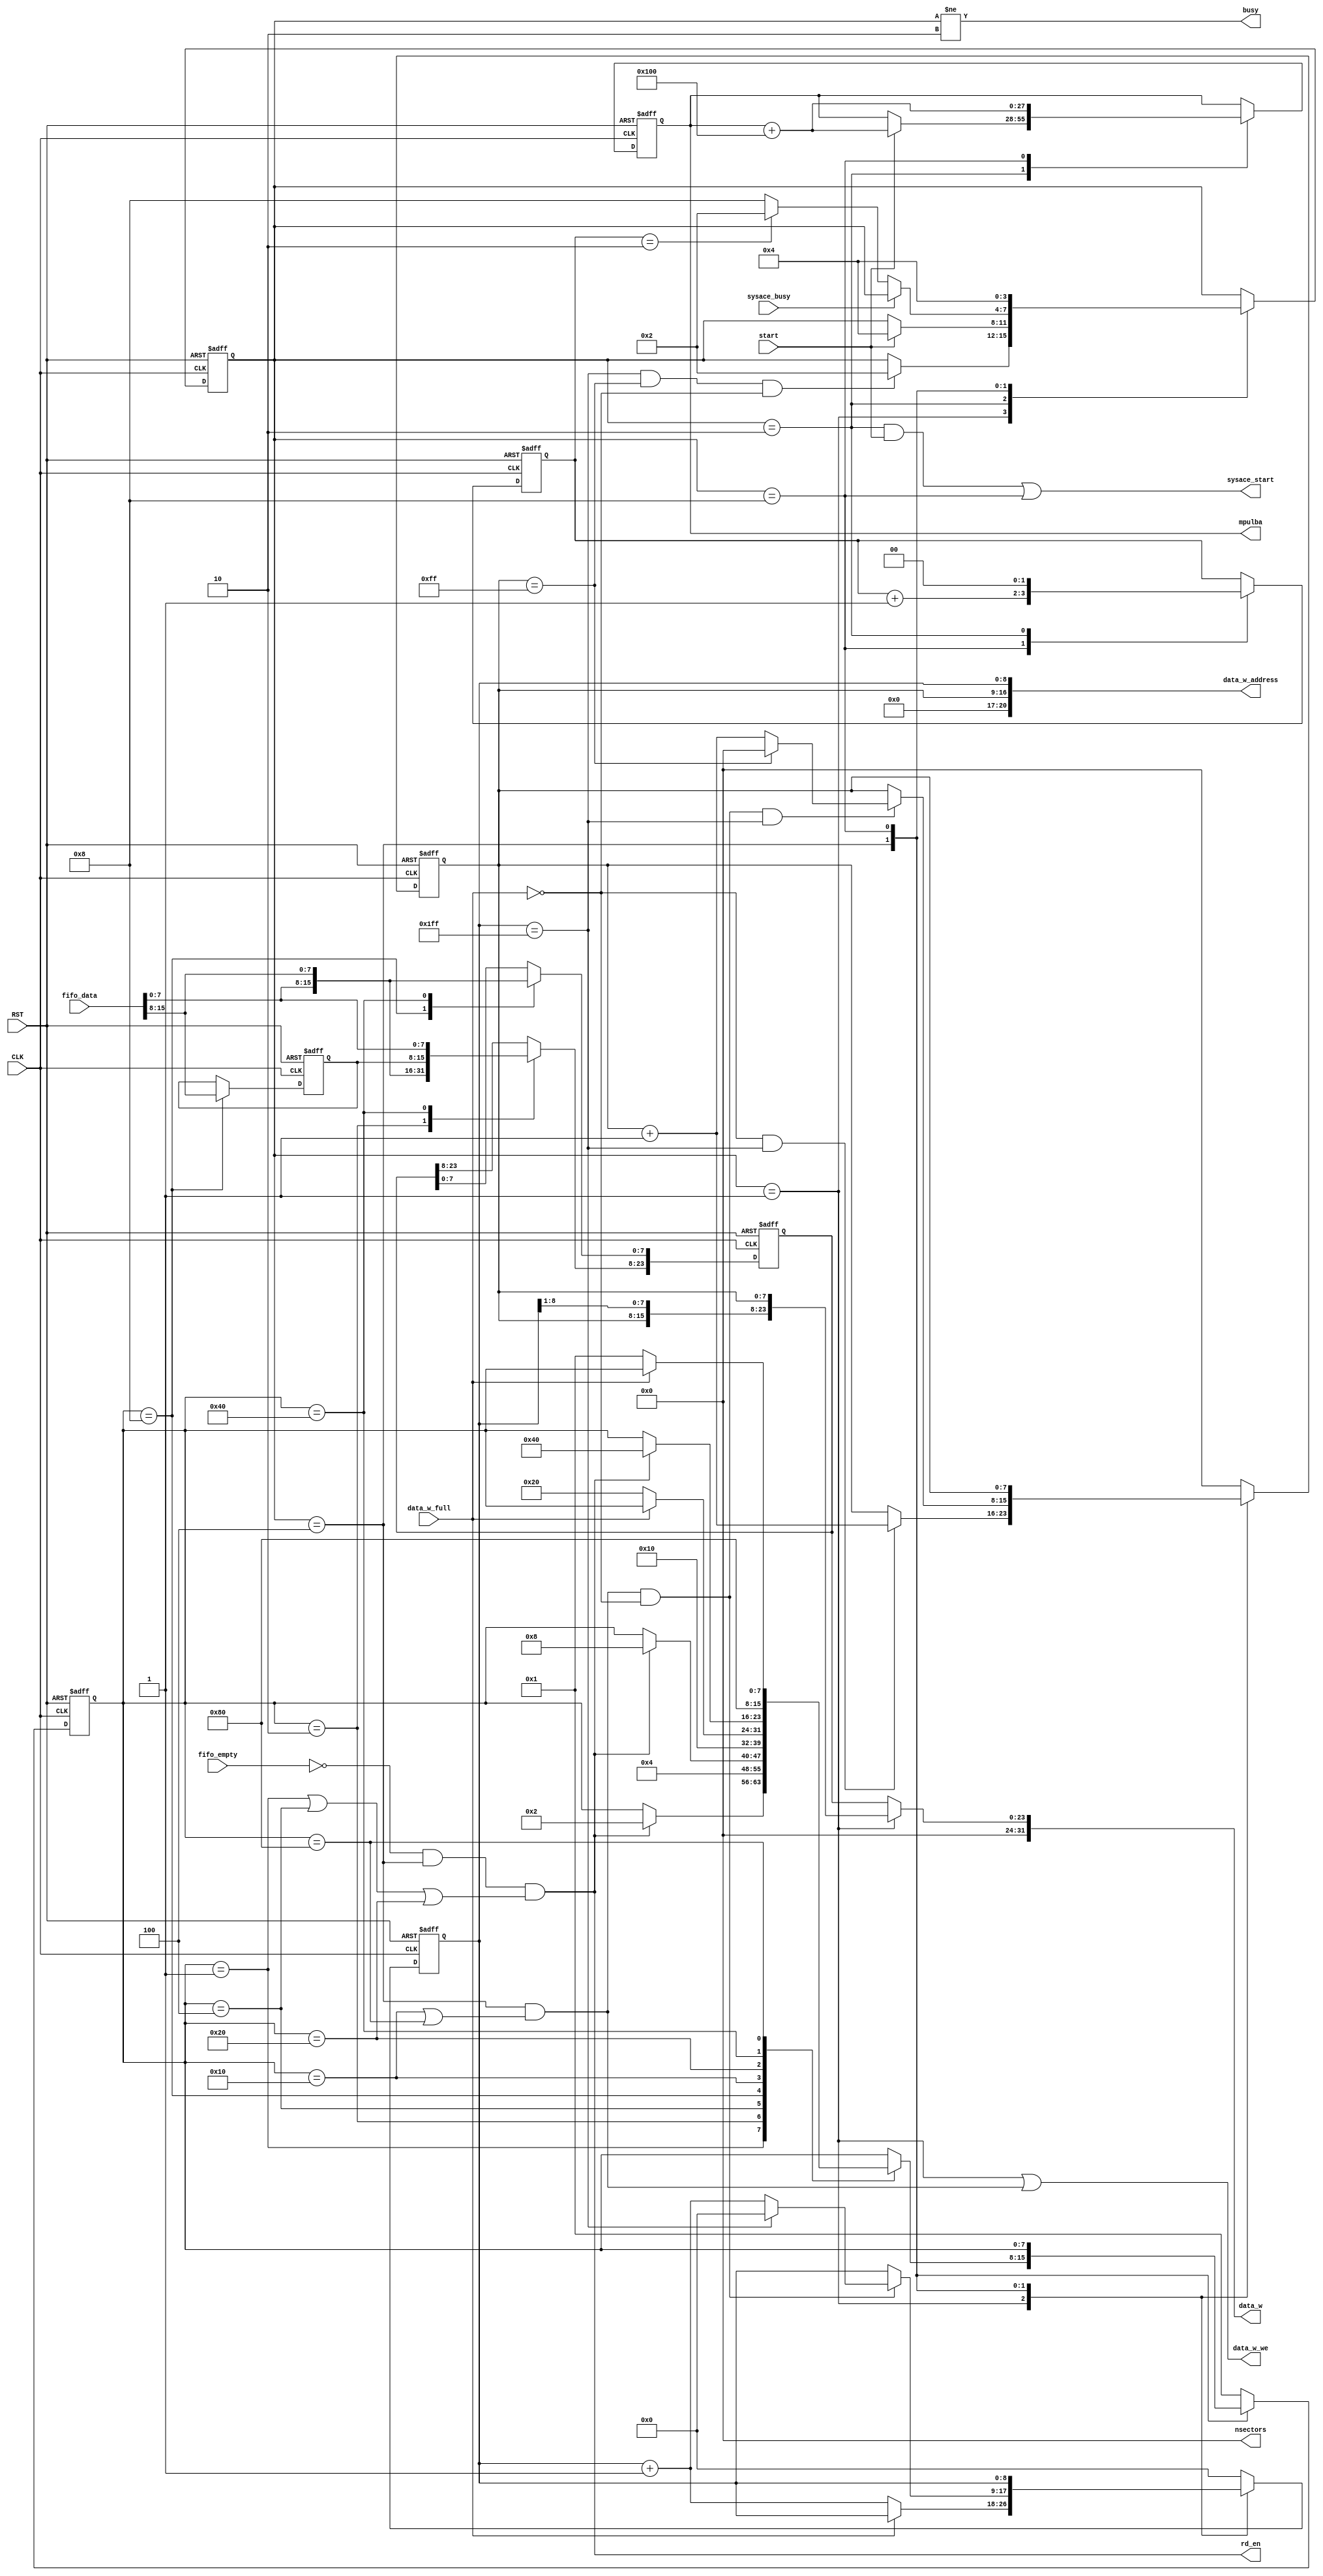

module picload
  (
   input             CLK,
   input             RST,

   output reg [27:0] mpulba,
   output [7:0]      nsectors,
   output            sysace_start,
   input             sysace_busy,

   input [15:0]      fifo_data,
   input             fifo_empty,
   output            rd_en,

   output [21:1]     data_w_address,
   output [31:0]     data_w,
   input             data_w_full,
   output            data_w_we,

   input             start,
   output            busy
   );
   
   reg [8:0]     col;
   reg [7:0]     row;
   wire          incr_address;

   reg [23:0]    fifo_out_r;
   reg [7:0]     fifo_out_reserved;

   reg [1:0]     counter;
   
`define W 4
   reg [`W-1:0]  state;
   parameter ssb_init    = `W'b0001;
   parameter ssb_idle    = `W'b0010;
   parameter ssb_read    = `W'b0100;
   parameter ssb_restart = `W'b1000;
`undef W

`define W 8
   reg [`W-1:0]  readstate;

   parameter byte1_wait  = `W'b00000001;
   parameter byte1       = `W'b00000010;
   parameter byte2_wait  = `W'b00000100;
   parameter byte2       = `W'b00001000;
   parameter byte2_write = `W'b00010000;
   parameter byte3_wait  = `W'b00100000;
   parameter byte3       = `W'b01000000;
   parameter byte3_write = `W'b10000000;
`undef W

   assign nsectors = 8'h0;
//   assign sysace_start = start;
   
   assign data_w_address 
     = {row, col};

   assign data_w
     = state == ssb_init ? {row, col[8:1], row}
       : fifo_out_r;

   assign busy = state != ssb_idle;

   assign data_w_we
     = state == ssb_init
       || state == ssb_read && (readstate == byte2_write
                                || readstate == byte3_write);

   assign incr_address
     = state == ssb_read
       && (readstate == byte2_write
           || readstate == byte3_write)
         && !data_w_full;

   assign rd_en
     = !fifo_empty
       && state == ssb_read
       && (readstate == byte1_wait
           || readstate == byte2_wait
           || readstate == byte3_wait);

   assign sysace_start
     = (state == ssb_idle && start)
       || state == ssb_restart;

   // ==================================================
   // State Machine
   // ==================================================
   always @(posedge CLK or negedge RST)
     begin
        if (!RST)
          state <= ssb_init;
        else
          case (state)
            ssb_init:
              if (col == 9'h1ff && row == 8'hff && !data_w_full)
                state <= ssb_idle;

            ssb_idle:
              if (start)
                state <= ssb_read;

            ssb_read:
              if (!sysace_busy) begin
                 if (counter == 2'd2)
                   state <= ssb_idle;
                 else
                   state <= ssb_restart;
              end
              // if (!)
              //   state <= ssb_idle;

            ssb_restart:
              state <= ssb_read;
            
            default:
              ;
          endcase
     end // always @ (posedge CLK or negedge RST)

   always @(posedge CLK or negedge RST)
     begin
        if (!RST)
          mpulba <= 28'h00;
        else
          case (state)
            ssb_idle:
              if (start)
                mpulba <= mpulba + 28'd256;
            ssb_restart:
              mpulba <= mpulba + 28'd256;
          endcase
     end

   always @(posedge CLK or negedge RST)
     begin
        if (!RST)
          counter <= 2'd0;
        else
          case (state)
            ssb_restart:
              counter <= counter + 2'd1;
            ssb_idle:
              counter <= 2'd0;
          endcase // case (state)
     end

   // ==================================================
   // Read states
   // ==================================================
   always @(posedge CLK or negedge RST)
     begin
        if (!RST)
          readstate <= byte1_wait;
        else
          case (state)
            ssb_read:
              case (readstate)
                byte1_wait:
                  if (rd_en)
                    readstate <= byte1;
                byte1:
                  readstate <= byte2_wait;
                byte2_wait:
                  if (rd_en)
                    readstate <= byte2;
                byte2:
                  readstate <= byte2_write;
                byte2_write:
                  if (!data_w_full)
                    readstate <= byte3_wait;
                byte3_wait:
                  if (rd_en)
                    readstate <= byte3;
                byte3:
                  readstate <= byte3_write;
                byte3_write:
                  if (!data_w_full)
                    readstate <= byte1_wait;
              endcase // case (readstate)
            ssb_restart:
              ;
            default:
              readstate <= byte1_wait;
          endcase // case (state)
     end // always @ (posedge CLK or negedge RST)

   // ==================================================
   // Write address control
   // ==================================================
   always @(posedge CLK or negedge RST)
     begin
        if (!RST)
          col <= 9'h0;
        else
          case (state)
            ssb_init:
              if (!data_w_full)
                 col <= col + 9'h1;
            ssb_read:
              if (incr_address) begin
                 if (col == 9'h1ff)
                   col <= 9'h000;
                 else
                   col <= col + 9'h1;
              end
            ssb_restart:
              ;
            default:
              col <= 9'h0;
          endcase
     end // always @ (posedge CLK or negedge RST)

   always @(posedge CLK or negedge RST)
     begin
        if (!RST)
          row <= 8'h0;
        else
          case (state)
            ssb_init:
              if (!data_w_full && col == 9'h1ff)
                row <= row + 8'h1;
            ssb_read:
              if (incr_address && col == 9'h1ff) begin
                 if (row == 8'hff)
                   row <= 8'h00;
                 else
                   row <= row + 8'h1;
              end
            ssb_restart:
              ;
            default:
              row <= 8'h0;
          endcase // case (state)
     end // always @ (posedge CLK or negedge RST)

   // ==================================================
   // FIFO output -> SRAM
   // ==================================================

   always @(posedge CLK or negedge RST)
     begin
        if (!RST) begin
           fifo_out_r <= 24'h0;
           fifo_out_reserved <= 8'h0;
        end else begin
           case (readstate)
             byte1: 
               fifo_out_r[23:8] <= {fifo_data[7:0], fifo_data[15:8]};
             byte2: 
               {fifo_out_r[7:0], fifo_out_reserved} <= {fifo_data[7:0], fifo_data[15:8]};
             byte3: 
               fifo_out_r <= {fifo_out_reserved, fifo_data[7:0], fifo_data[15:8]};
           endcase
        end
     end

endmodule